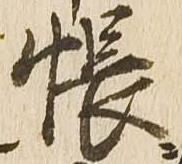
帳